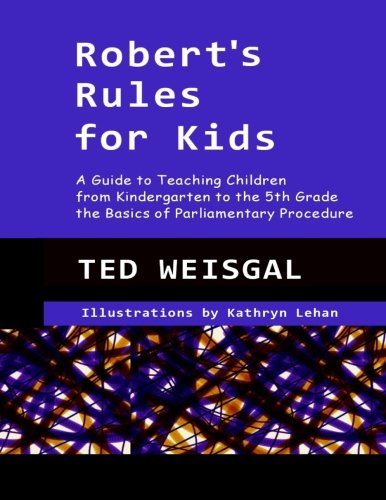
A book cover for Robert's Rules for Kids: A Guide to Teaching Children from Kindergarten to the 5th Grade the Basics of Parlimentary Procedure; Ted Weisgal; Children's Books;